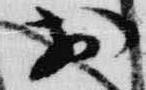
於